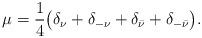
LaTeX: \begin{align*}\mu=\frac{1}{4} \big(\delta_{\nu}+\delta_{-\nu}+\delta_{\bar \nu}+\delta_{-\bar \nu}\big).\end{align*}